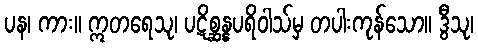
ပန၊ ကား။ ဣတရေသု၊ ပဋိစ္ဆန္နပရိဝါသ်မှ တပါးကုန်သော။ ဒွီသု၊